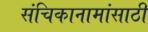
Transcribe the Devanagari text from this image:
संचिकानामांसाठी